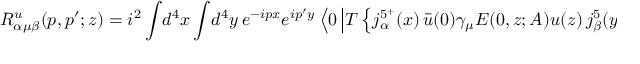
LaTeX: R _ { \alpha \mu \beta } ^ { u } ( p , p ^ { \prime } ; z ) = i ^ { 2 } \int \! d ^ { 4 } x \int \! d ^ { 4 } y \ e ^ { - i p x } e ^ { i p ^ { \prime } y } \left\langle 0 \left| T \left\{ j _ { \alpha } ^ { 5 ^ { + } } ( x ) \, \bar { u } ( 0 ) \gamma _ { \mu } E ( 0 , z ; A ) u ( z ) \, j _ { \beta } ^ { 5 } ( y ) \right\} \right| 0 \right\rangle \ ,